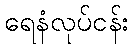
ရေနံလုပ်ငန်း